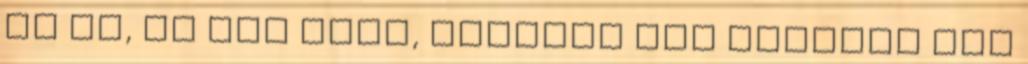
Na jó, ez nem vicc, ugyanis itt nagyobb gáz